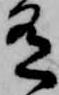
有